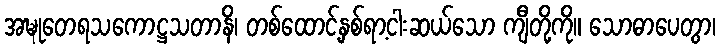
အဍ္ဎုတေရသကောဋ္ဌသတာနိ၊ တစ်ထောင့်နှစ်ရာ့ငါးဆယ်သော ကျီတို့ကို။ သောဓာပေတွာ၊